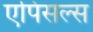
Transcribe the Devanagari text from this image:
एपिसल्स